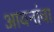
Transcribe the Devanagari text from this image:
आयनांचा